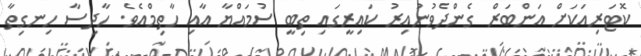
ކޮޓަރިއަކަށް އަންބަރް ގެންދެވުނުއިރު ކައިރީގައި ތިބީ ސުމައްޔާ އާއި ހާތިމްއެވެ. ހާދިސާ ހިނގިތާ